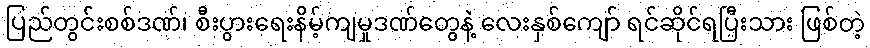
ပြည်တွင်းစစ်ဒဏ်၊ စီးပွားရေးနိမ့်ကျမှုဒဏ်တွေနဲ့ လေးနှစ်ကျော် ရင်ဆိုင်ရပြီးသား ဖြစ်တဲ့